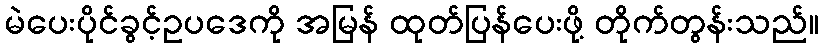
မဲပေးပိုင်ခွင့်ဥပဒေကို အမြန် ထုတ်ပြန်ပေးဖို့ တိုက်တွန်းသည်။